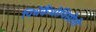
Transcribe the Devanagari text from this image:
पिथेकैंथोपिसीनी